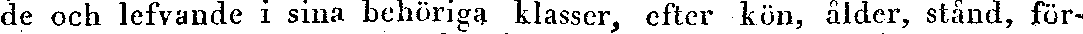
de och lefvande i sina behöriga klasser, efter kön, ålder, stånd, för-